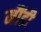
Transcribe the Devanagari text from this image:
मौंडी